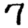
Digit: 7